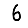
Digit: 6